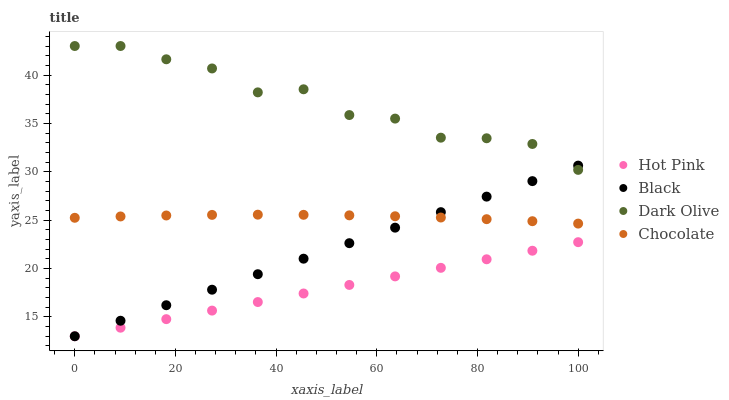
| xaxis_label | Hot Pink | Black | Dark Olive | Chocolate |
 | --- | --- | --- | --- | --- |
 | 0 | 13 | 13 | 43 | 25.2 |
 | 9.09 | 13.9 | 14.6 | 43 | 25.4 |
 | 18.2 | 14.8 | 16.2 | 41.6 | 25.5 |
 | 27.3 | 15.7 | 17.8 | 40.7 | 25.5 |
 | 36.4 | 16.5 | 19.4 | 38.2 | 25.6 |
 | 45.5 | 17.4 | 21 | 38.5 | 25.6 |
 | 54.5 | 18.3 | 22.6 | 35.9 | 25.5 |
 | 63.6 | 19.2 | 24.2 | 35.5 | 25.4 |
 | 72.7 | 20.1 | 25.8 | 33.5 | 25.3 |
 | 81.8 | 21 | 27.4 | 33.5 | 25.1 |
 | 90.9 | 21.8 | 29 | 32.9 | 24.9 |
 | 100 | 22.7 | 30.6 | 30.2 | 24.6 |